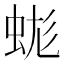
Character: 𧊑